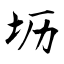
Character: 坜